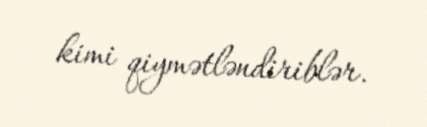
kimi qiymətləndiriblər.